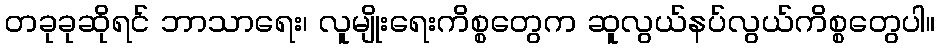
တခုခုဆိုရင် ဘာသာရေး၊ လူမျိုးရေးကိစ္စတွေက ဆူလွယ်နပ်လွယ်ကိစ္စတွေပါ။